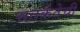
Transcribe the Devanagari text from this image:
सतर्कतेची